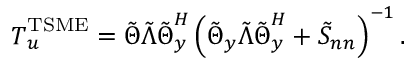
\boldsymbol { T } _ { \boldsymbol { u } } ^ { \mathrm { T S M E } } = \boldsymbol { \tilde { \Theta } } \boldsymbol { \tilde { \Lambda } } \boldsymbol { \tilde { \Theta } } _ { \boldsymbol { y } } ^ { H } \left( \boldsymbol { \tilde { \Theta } _ { y } } \boldsymbol { \tilde { \Lambda } } \boldsymbol { \tilde { \Theta } } _ { \boldsymbol { y } } ^ { H } + \boldsymbol { \tilde { S } _ { n n } } \right) ^ { - 1 } .